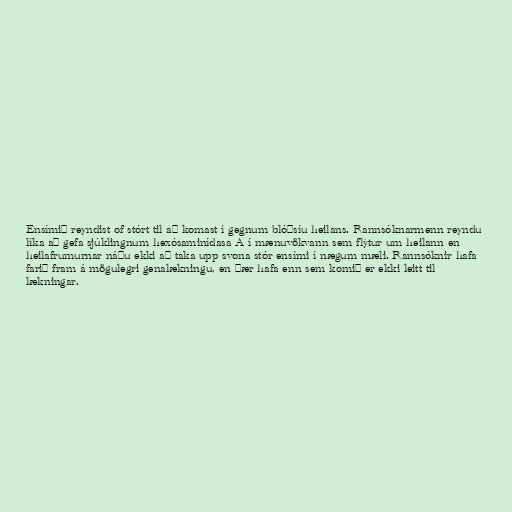
Ensímið reyndist of stórt til að komast í gegnum blóðsíu heilans. Rannsóknarmenn reyndu
líka að gefa sjúklingnum hexósaminídasa A í mænuvökvann sem flýtur um heilann en
heilafrumurnar náðu ekki að taka upp svona stór ensími í nægum mæli. Rannsóknir hafa
farið fram á mögulegri genalækningu, en þær hafa enn sem komið er ekki leitt til
lækningar.